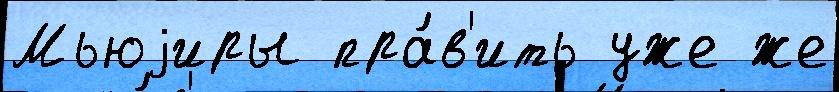
Мьюjиры пра́в'ить уже же